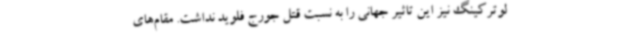
لوترکینگ نیز این تاثیر جهانی را به نسبت قتل جورج فلوید نداشت. مقام‌های